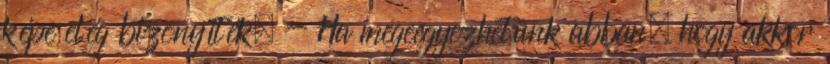
képe elég bizonyíték. - Ha megeegyezhetünk abban, hogy akkor